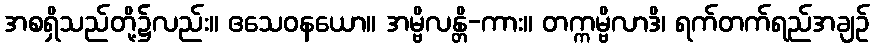
အစရှိသည်တို့၌လည်း။ ဧသေဝနယော။ အမ္ဗိလန္တိ-ကား။ တက္ကမ္ဗိလာဒိ၊ ရက်တက်ရည်အချဉ်